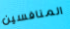
المنافسين